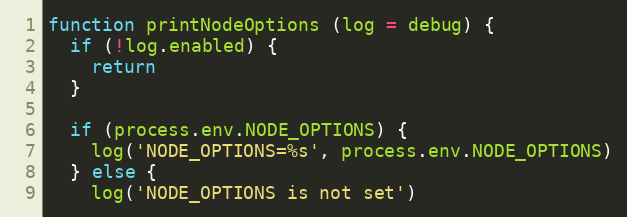
Language: JavaScript
function printNodeOptions (log = debug) {
  if (!log.enabled) {
    return
  }

  if (process.env.NODE_OPTIONS) {
    log('NODE_OPTIONS=%s', process.env.NODE_OPTIONS)
  } else {
    log('NODE_OPTIONS is not set')